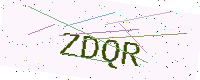
Text: ZDQR